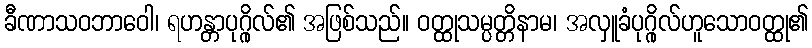
ခီဏာသဝဘာဝေါ၊ ရဟန္တာပုဂ္ဂိုလ်၏ အဖြစ်သည်။ ဝတ္ထုသမ္ပတ္တိနာမ၊ အလှူခံပုဂ္ဂိုလ်ဟူသောဝတ္ထု၏